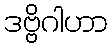
ဒဗ္ဗိဂါဟာ